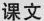
课文